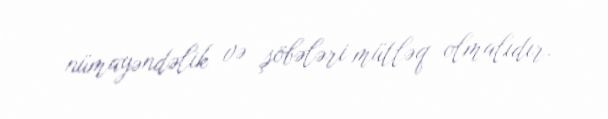
nümayəndəlik və şöbələri mütləq olmalıdır.